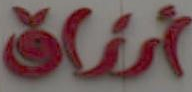
أرزاق